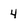
Character: 4